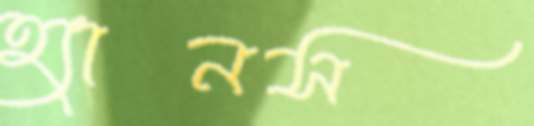
হ্যানস